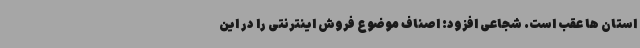
استان ها عقب است. شجاعی افزود: اصناف موضوع فروش اینترنتی را در این